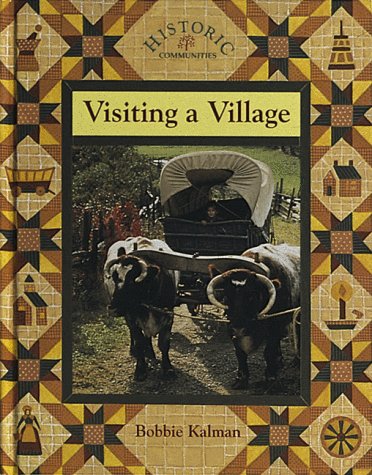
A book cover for Visiting a Village (Historic Communities); Bobbie Kalman; Children's Books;